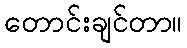
တောင်းချင်တာ။